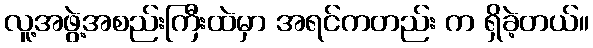
လူ့အဖွဲ့အစည်းကြီးထဲမှာ အရင်ကတည်း က ရှိခဲ့တယ်။